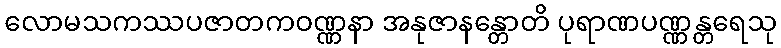
လောမသကဿပဇာတကဝဏ္ဏနာ အနုဇာနန္တောတိ ပုရာဏပဏ္ဏန္တရေသု